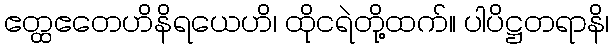
ဧတ္ထဧတေဟိနိရယေဟိ၊ ထိုငရဲတို့ထက်။ ပါပိဋ္ဌတရာနိ၊